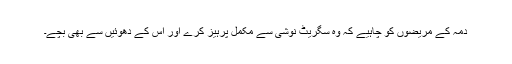
دمہ کے مریضوں کو چاہیے کہ وہ سگریٹ نوشی سے مکمل پرہیز کرے اور اس کے دھوئیں سے بھی بچے۔